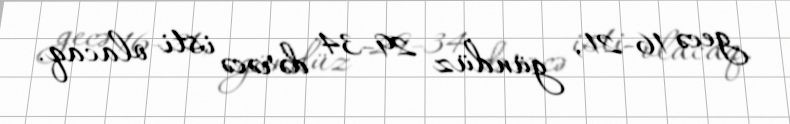
gecə 16-21, gündüz 29-34 dərəcə isti olacaq.